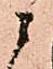
ニ